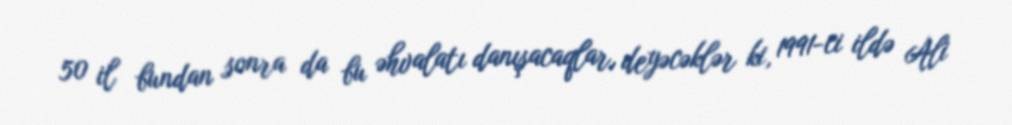
50 il bundan sonra da bu əhvalatı danışacaqlar, deyəcəklər ki, 1991-ci ildə Ali